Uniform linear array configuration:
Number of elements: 4
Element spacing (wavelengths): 0.5
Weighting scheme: uniform
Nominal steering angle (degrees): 60
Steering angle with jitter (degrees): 58.948
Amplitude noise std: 0.05
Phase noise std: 0.05

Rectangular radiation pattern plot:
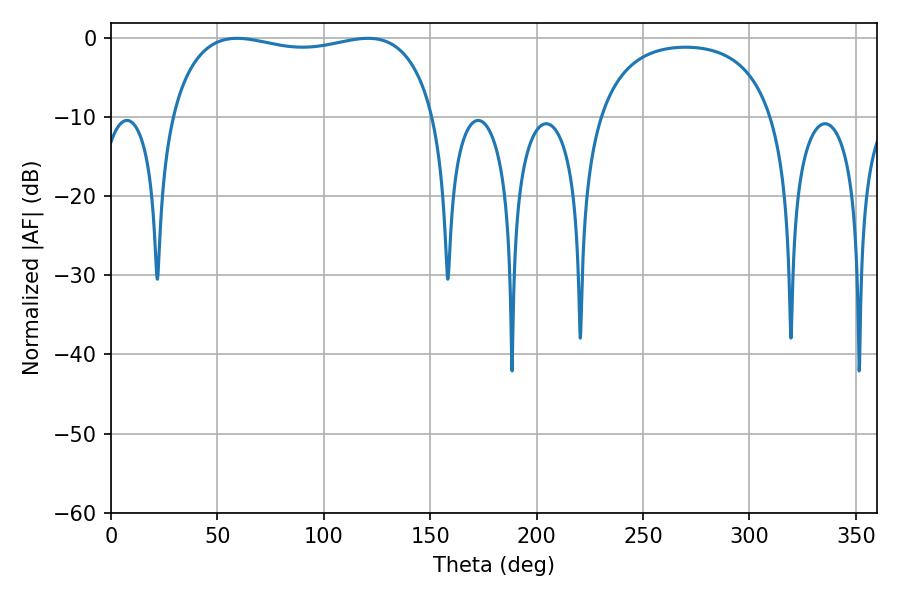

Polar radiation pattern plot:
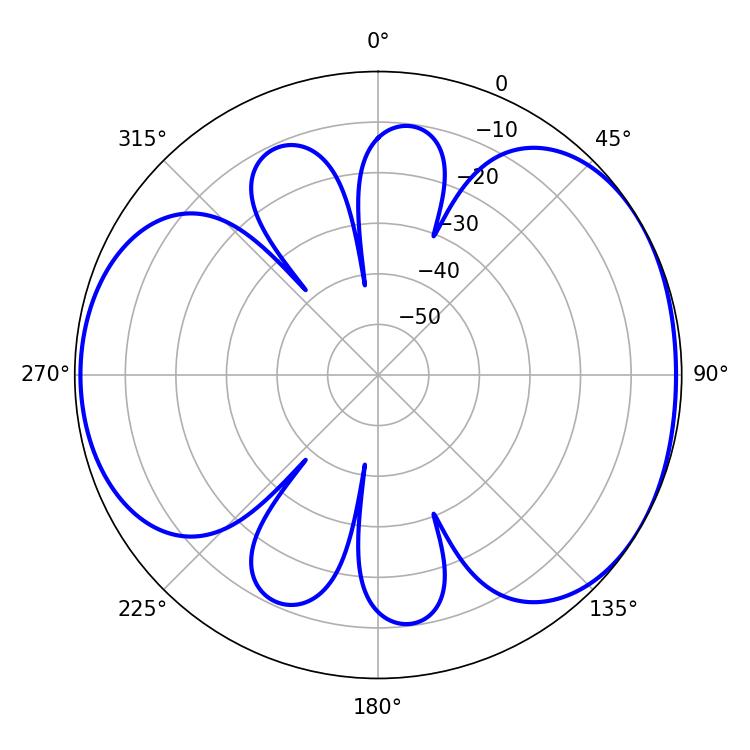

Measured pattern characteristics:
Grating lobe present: FALSE
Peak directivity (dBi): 4.666
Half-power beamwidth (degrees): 101.16
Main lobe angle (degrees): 59.22